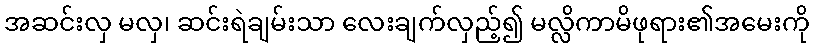
အဆင်းလှ မလှ၊ ဆင်းရဲချမ်းသာ လေးချက်လှည့်၍ မလ္လိကာမိဖုရား၏အမေးကို